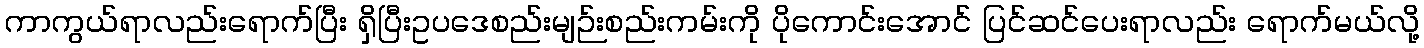
ကာကွယ်ရာလည်းရောက်ပြီး ရှိပြီးဥပဒေစည်းမျဉ်းစည်းကမ်းကို ပိုကောင်းအောင် ပြင်ဆင်ပေးရာလည်း ရောက်မယ်လို့